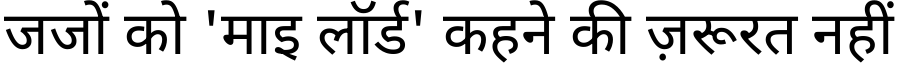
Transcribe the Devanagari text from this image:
जजों को 'माइ लॉर्ड' कहने की ज़रूरत नहीं